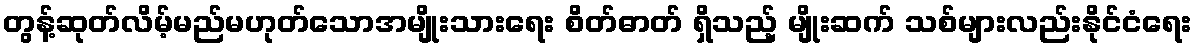
တွန့်ဆုတ်လိမ့်မည်မဟုတ်သောအမျိုးသားရေး စိတ်ဓာတ် ရှိသည့် မျိုးဆက် သစ်များလည်းနိုင်ငံရေး